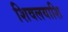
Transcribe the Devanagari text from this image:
शिवलयाशि